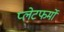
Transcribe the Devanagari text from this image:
प्‍लेटफर्मों